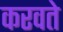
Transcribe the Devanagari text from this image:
करवते